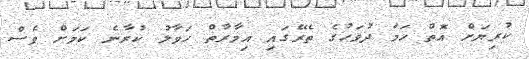
ކުރިޔަށް އޮތް ހަމަ ދުވަހުގެ ތެރޭގައި އިމާރާތް ހަވާލު ކުރާނެ ކަމަށް ވެސް